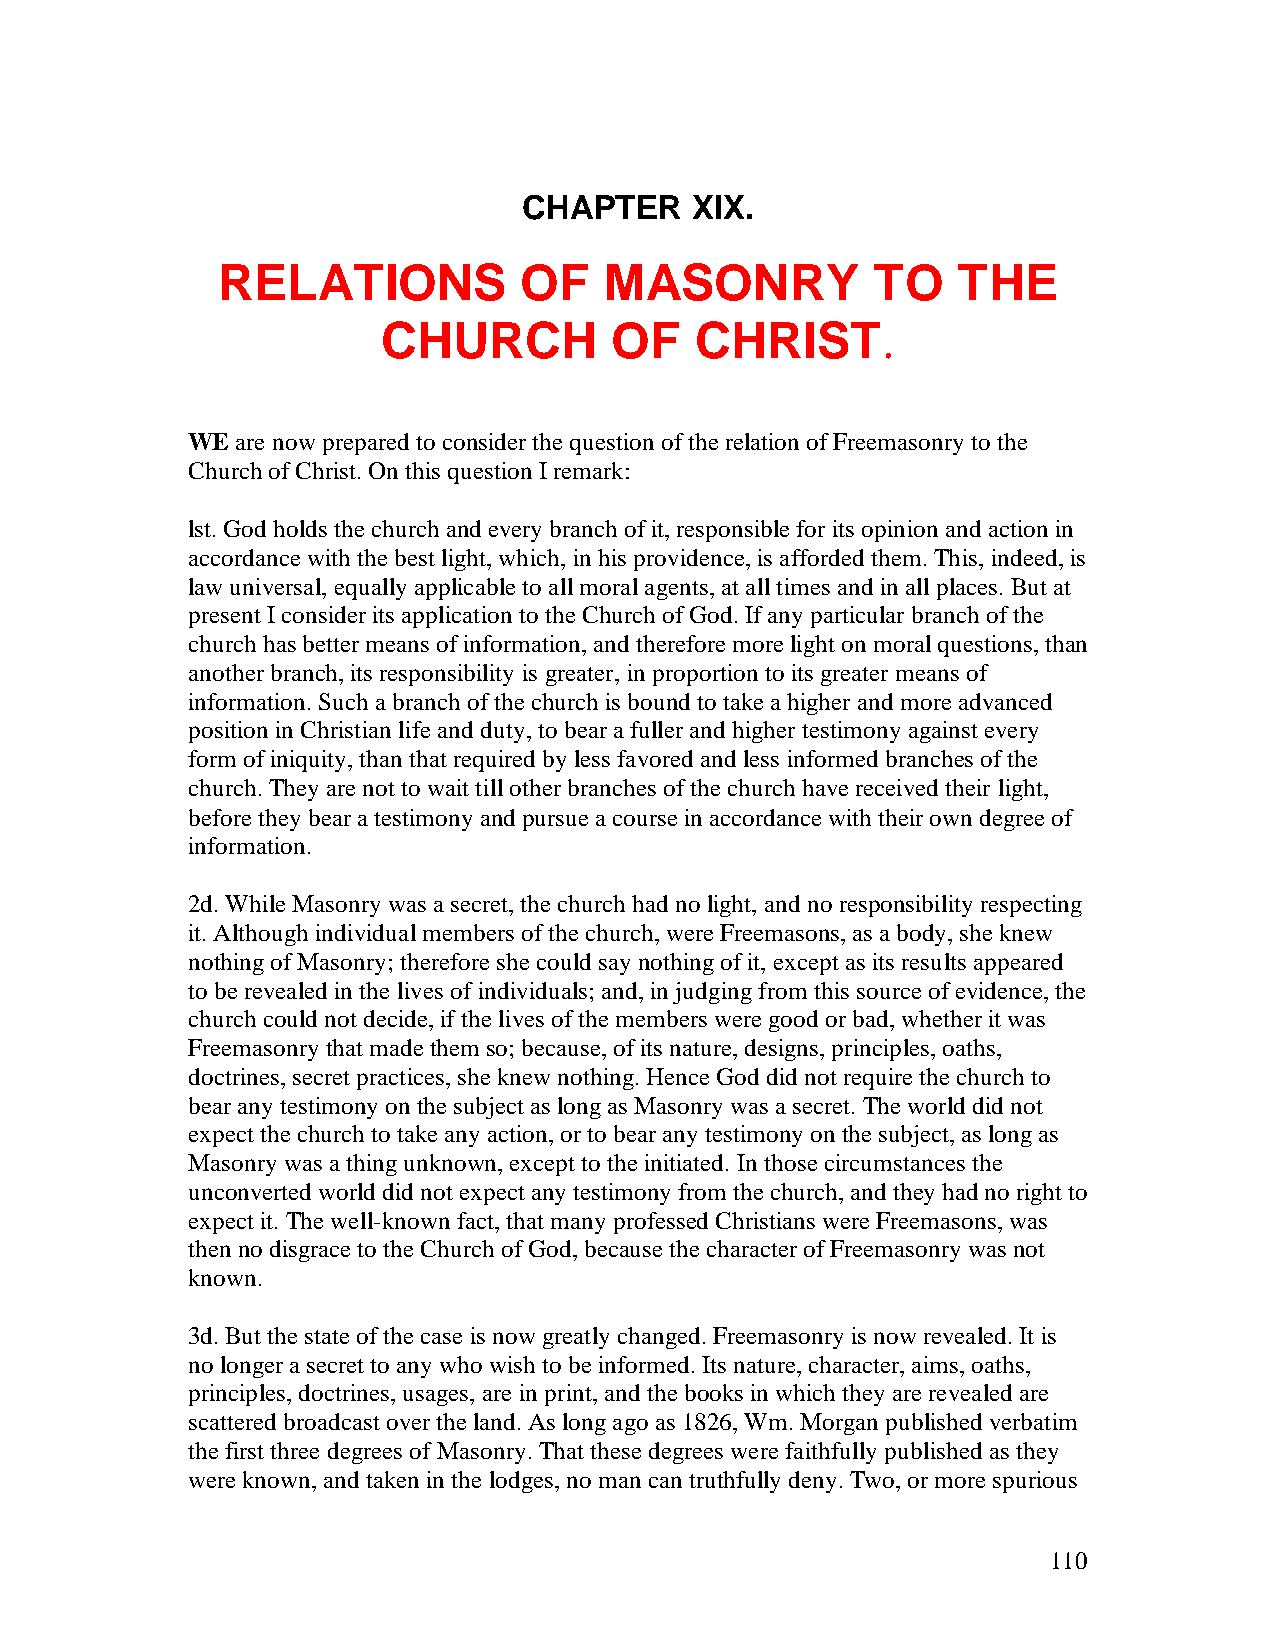
CHAPTER    XIX.
 RELATIONS           OF    MASONRY           TO   THE
 CHURCH         OF    CHRIST.
 WE  are now prepared to consider the question of the relation of Freemasonry to the
 Church of Christ. On this question I remark:
 lst. God holds the church and every branch of it, responsible for its opinion and action in
 accordance with the best light, which, in his providence, is afforded them. This, indeed, is
 law universal, equally applicable to all moral agents, at all times and in all places. But at
 present I consider its application to the Church of God. If any particular branch of the
 church has better means of information, and therefore more light on moral questions, than
 another branch, its responsibility is greater, in proportion to its greater means of
 information. Such a branch of the church is bound to take a higher and more advanced
 position in Christian life and duty, to bear a fuller and higher testimony against every
 form of iniquity, than that required by less favored and less informed branches of the
 church. They are not to wait till other branches of the church have received their light,
 before they bear a testimony and pursue a course in accordance with their own degree of
 information.
 2d. While Masonry was a secret, the church had no light, and no responsibility respecting
 it. Although individual members of the church, were Freemasons, as a body, she knew
 nothing of Masonry; therefore she could say nothing of it, except as its results appeared
 to be revealed in the lives of individuals; and, in judging from this source of evidence, the
 church could not decide, if the lives of the members were good or bad, whether it was
 Freemasonry that made them so; because, of its nature, designs, principles, oaths,
 doctrines, secret practices, she knew nothing. Hence God did not require the church to
 bear any testimony on the subject as long as Masonry was a secret. The world did not
 expect the church to take any action, or to bear any testimony on the subject, as long as
 Masonry was a thing unknown, except to the initiated. In those circumstances the
 unconverted world did not expect any testimony from the church, and they had no right to
 expect it. The well-known fact, that many professed Christians were Freemasons, was
 then no disgrace to the Church of God, because the character of Freemasonry was not
 known.
 3d. But the state of the case is now greatly changed. Freemasonry is now revealed. It is
 no longer a secret to any who wish to be informed. Its nature, character, aims, oaths,
 principles, doctrines, usages, are in print, and the books in which they are revealed are
 scattered broadcast over the land. As long ago as 1826, Wm. Morgan published verbatim
 the first three degrees of Masonry. That these degrees were faithfully published as they
 were known, and taken in the lodges, no man can truthfully deny. Two, or more spurious
 110